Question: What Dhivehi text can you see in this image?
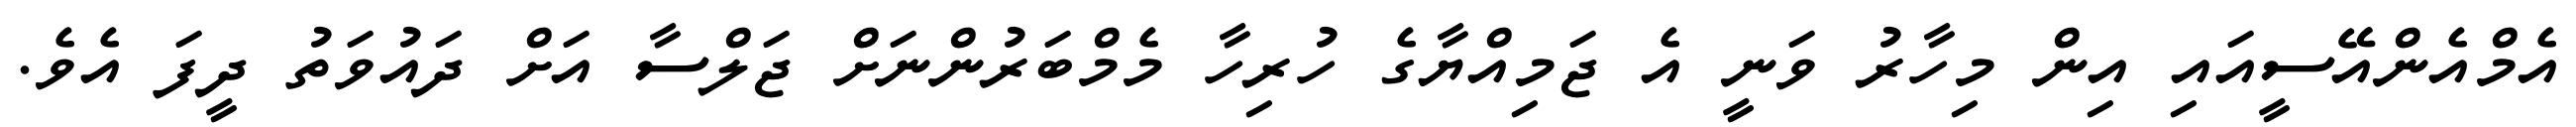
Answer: އެމްއެންއޭސީއައި އިން މިހާރު ވަނީ އެ ޖަމިއްޔާގެ ހުރިހާ މެމްބަރުންނަށް ޖަލްސާ އަށް ދައުވަތު ދީފަ އެވެ.